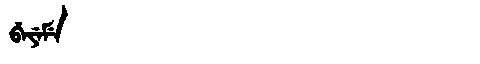
Manchu: ᠪᡝᠶᡝᠮᡝ
Romanization: BEYEME